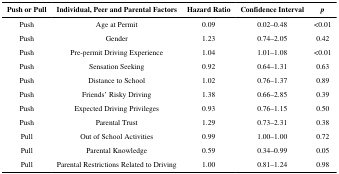
| Push or Pull | Individual, Peer and Parental Factors | Hazard Ratio | Confidence Interval | p |
 | --- | --- | --- | --- | --- |
 | Push | Age at Permit | 0.09 | 0.02–0.48 | <0.01 |
 | Push | Gender | 1.23 | 0.74–2.05 | 0.42 |
 | Push | Pre-permit Driving Experience | 1.04 | 1.01–1.08 | <0.01 |
 | Push | Sensation Seeking | 0.92 | 0.64–1.31 | 0.63 |
 | Push | Distance to School | 1.02 | 0.76–1.37 | 0.89 |
 | Push | Friends’ Risky Driving | 1.38 | 0.66–2.85 | 0.39 |
 | Push | Expected Driving Privileges | 0.93 | 0.76–1.15 | 0.50 |
 | Push | Parental Trust | 1.29 | 0.73–2.31 | 0.38 |
 | Pull | Out of School Activities | 0.99 | 1.00–1.00 | 0.72 |
 | Pull | Parental Knowledge | 0.59 | 0.34–0.99 | 0.05 |
 | Pull | Parental Restrictions Related to Driving | 1.00 | 0.81–1.24 | 0.98 |